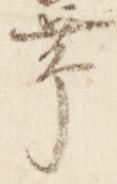
帯